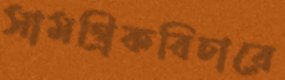
সামগ্রিকবিচারে